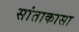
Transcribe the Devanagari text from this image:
सांताकासा